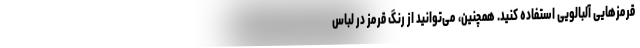
قرمزهایی آلبالویی استفاده کنید. همچنین، می‌توانید از رنگ قرمز در لباس